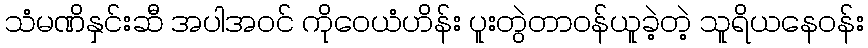
သံမဏိနှင်းဆီ အပါအဝင် ကိုဝေယံဟိန်း ပူးတွဲတာဝန်ယူခဲ့တဲ့ သူရိယနေဝန်း